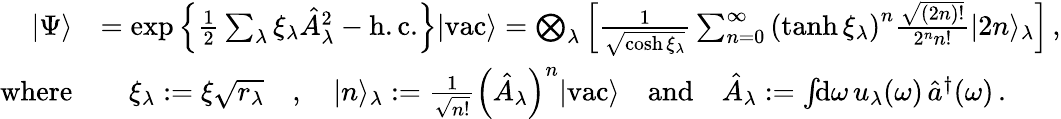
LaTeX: \begin{array}{rl}{|\Psi\rangle}&{=\exp\left\{ \frac{1}{2}\sum_{\lambda}\xi_{\lambda}\hat{A}_{\lambda}^{2}-\mathrm{h.c.}\right\} |\mathrm{vac}\rangle=\bigotimes_{\lambda}\left[\frac{1}{\sqrt{\cosh\xi_{\lambda}}}\sum_{n=0}^{\infty}\left(\operatorname{tanh}\xi_{\lambda}\right)^{n}\frac{\sqrt{(2n)!}}{2^{n}n!}|2n\rangle_{\lambda}\right]\, ,}\\ {\mathrm{where}}&{\quad\xi_{\lambda}:=\xi\sqrt{r_{\lambda}}\quad,\quad|n\rangle_{\lambda}:=\frac{1}{\sqrt{n!}}\left(\hat{A}_{\lambda}\right)^{n}|\mathrm{vac}\rangle\quad\mathrm{and}\quad\hat{A}_{\lambda}:=\int\! \! \mathrm{d}\omega\, u_{\lambda}(\omega)\, \hat{a}^{\dagger}(\omega)\, .}\end{array}